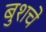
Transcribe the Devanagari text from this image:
बुशचे